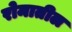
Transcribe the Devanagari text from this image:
रोमातील